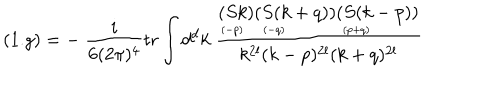
( 1 . g ) = - \ \frac { i } { 6 ( 2 \pi ) ^ { 4 } } \mathrm { t r } \int d ^ { d } k \ \frac { \stackrel { \displaystyle ( S k ) } { \scriptscriptstyle ( - p ) \phantom { + } } \stackrel { \displaystyle ( S ( k + q ) ) } { \scriptscriptstyle ( - q ) \phantom { + q q q q q q q } } \stackrel { \displaystyle ( S ( k - p ) ) } { \scriptscriptstyle ( p + q ) \phantom { + q q q q q q q } } } { k ^ { 2 l } ( k - p ) ^ { 2 l } ( k + q ) ^ { 2 l } }